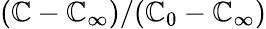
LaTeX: (\mathbb{C}-\mathbb{C}_{\infty})/(\mathbb{C}_{0}-\mathbb{C}_{\infty})